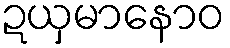
ဍယှမာနောဝ